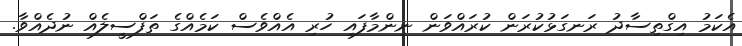
އެކަމު އިގްތިސާދު ރަނގަޅުކުރަން ކުރައްވަން ނިންމާފައި ހުރި އެއްވެސް ކަމެއްގެ ތަފްސީލެއް ނުދެއްވާ.